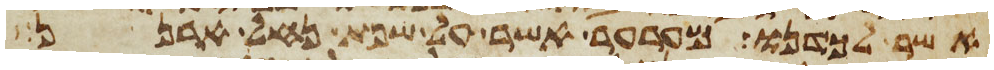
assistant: אשר לכדנו מערער אשר על שפת נחל ארנן